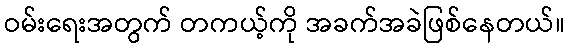
ဝမ်းရေးအတွက် တကယ့်ကို အခက်အခဲဖြစ်နေတယ်။